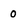
Character: 0